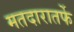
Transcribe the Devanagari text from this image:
मतदारातर्फे